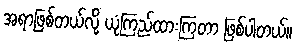
အရာဖြစ်တယ်လို့ ယုံကြည်ထားကြတာ ဖြစ်ပါတယ်။